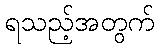
ရသည့်အတွက်